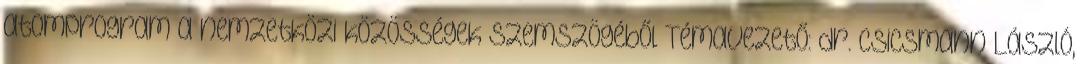
atomprogram a nemzetközi közösségek szemszögéből Témavezető: dr. Csicsmann László,